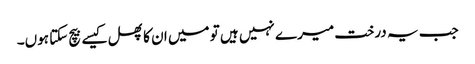
جب یہ درخت میرے نہیں ہیں تو میں ان کا پھل کیسے بیچ سکتا ہوں۔